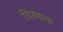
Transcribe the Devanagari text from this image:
विरुधक